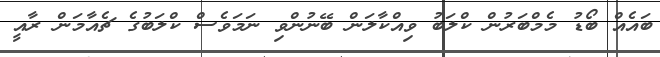
ބައެއް ބޯޑު މެމްބަރުން ކްލަބު ވިއްކާލަން ބޭނުންވި ނަމަވެސް ކްލަބުގެ ޗެއާމަން ރާއީ